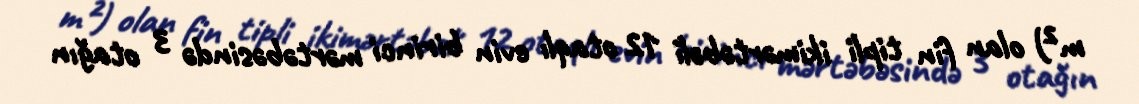
m²) olan fin tipli ikimərtəbəli 12 otaqlı evin birinci mərtəbəsində 3 otağın